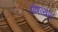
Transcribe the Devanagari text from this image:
पेशव्यांत